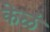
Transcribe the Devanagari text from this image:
केळं